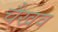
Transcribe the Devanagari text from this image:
चैखव